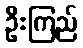
ဦးကြည်